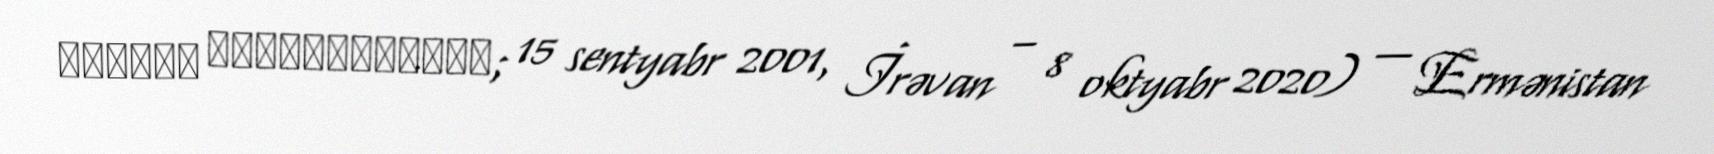
Ալբերտ Հովհաննիսյան; 15 sentyabr 2001, İrəvan – 8 oktyabr 2020) — Ermənistan